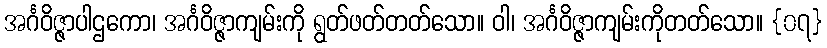
အင်္ဂဝိဇ္ဇာပါဌကော၊ အင်္ဂဝိဇ္ဇာကျမ်းကို ရွတ်ဖတ်တတ်သော။ ဝါ၊ အင်္ဂဝိဇ္ဇာကျမ်းကိုတတ်သော။ {၀၇}